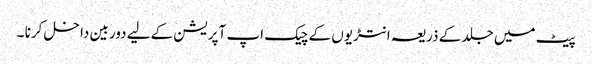
پیٹ میں جلد کے ذریعہ انتڑیوں کے چیک اپ آپریشن کےلیے دوربین داخل کرنا ۔